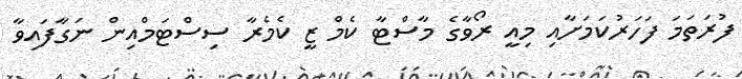
ފުރަތަމަ ފަހަރުކަމަށާއި މިއީ ރޯވާގެ މާސްޓާ ކެމް ޒީ ކެމެރާ ސިސްޓަމްއިން ނަގާފައިވާ